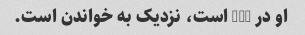
او در m40 است، نزدیک به خواندن است.